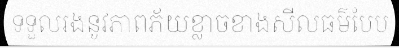
ទទួលរងនូវភាពភ័យខ្លាចខាងសីលធម៌បែប